Leaving Certificate Examination, 1913
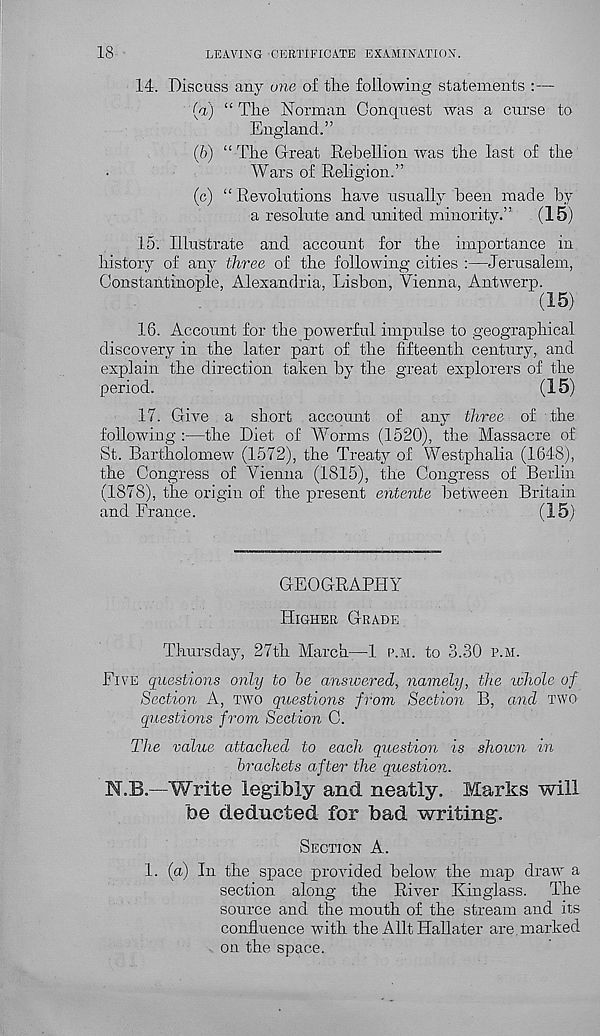
18
LEAVING CERTIFICATE EXAMINATION.
14. Discuss any one of the following statements :—
(a) “ The Norman Conquest was a curse to
England.”
(b) “The Great Rebellion was the last of the
Wars of Religion.”
(c) “ Revolutions have usually been made by
a resolute and united minority.”
(15)
15. Illustrate and account for the importance in
history of anj 1 " three of the following cities :—Jerusalem,
Constantinople, Alexandria, Lisbon, Vienna, Antwerp.
(15)
18. Account for the powerful impulse to geographical
discovery in the later part of the fifteenth century, and
explain the direction taken by the great explorers of the
period.
(15)
17. Give a short account of any three of the
following :—the Diet of Worms (1520), the Massacre of
St. Bartholomew (1572), the Treaty of Westphalia (1648),
the Congress of Vienna (1815), the Congress of Berlin
(1878), the origin of the present entente between Britain
and France.
(15)
GEOGRAPHY
HIGHER GRADE
Thursday, 27th March—1 P.M. to 3.30 P.M.
FIVE questions only to he answered, namely, the whole of
Section A, TWO questions from Section B, and TWO
questions from Section C.
The value attached to each question is shown in
brackets after the question.
N.B.—Write legibly and neatly. Marks will
foe deducted for bad writing.
SECTION A.
1. (a) In the space provided below the map draw a
section along the River Kin glass. The
source and the mouth of the stream and its
confluence with the Allt Hallater are. marked
on the space.